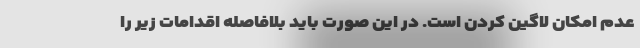
عدم امکان لاگین کردن است. در این صورت باید بلافاصله اقدامات زیر را